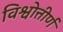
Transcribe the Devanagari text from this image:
विश्वोत्तीर्ण